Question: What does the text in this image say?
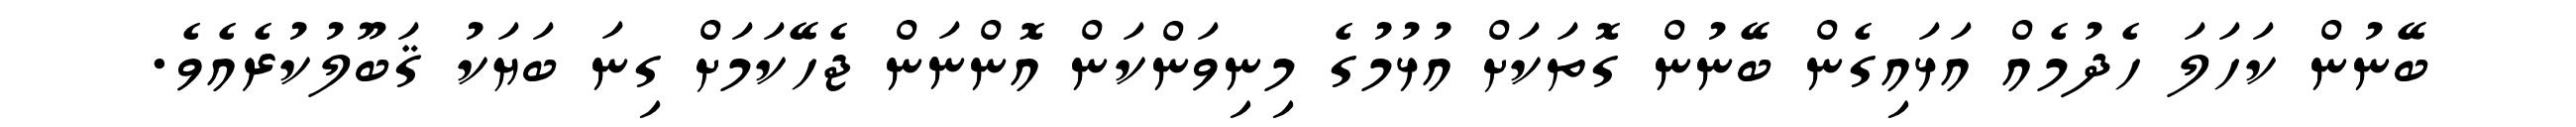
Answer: ބޭނުން ކަހަލަ ހެދުމެއް އަޅައިގެން ބޭނުން ގޮތަކަށް އުޅުމުގެ މިނިވަންކަން އޮންނަން ޖެހޭކަމަށް ގިނަ ބަޔަކު ޤަބޫލުކުރެއެވެ.